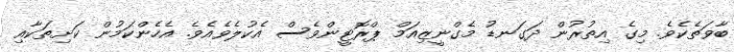
ބާވަތެކެވެ. މިގެ އިތުރުން ދަގަނޑު މެގްނީޒިއަމް ޕްރޮޓީންވެސް އެކުލެވެއެވެ. އެހެންކަމުން ކަށިތަކާއި